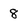
Character: 8